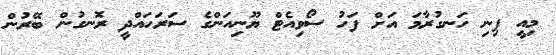
މިއީ ފިނި ހަނގުރާމަ އަށް ފަހު ސޯވިއެޓް ޔޫނިއަންގެ ސަރަހައްދީ ރޮނގުން ބޭރުން